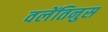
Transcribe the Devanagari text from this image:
वलेंतिनुस